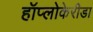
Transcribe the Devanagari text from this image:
हॉप्लोकेरीडा